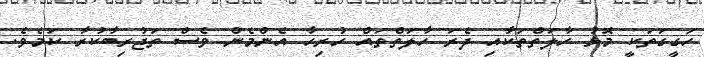
ހަގީގަތަކީ މޮޅު ހާލަތްތަކާއި ދެރަ ހާލަތްތައް ހުރިހާ އެންމެން ވެސް ތަޖުރިބާކުރާ ކަމެވެ.